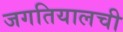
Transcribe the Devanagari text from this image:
जगतियालची